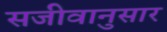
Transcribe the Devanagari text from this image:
सजीवानुसार